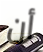
أن